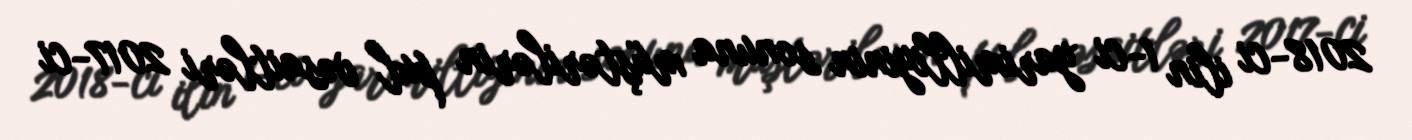
2018-ci ilin 1-ci yarimilliyinin sonuna müştərilərin pul vəsaitləri 2017-ci